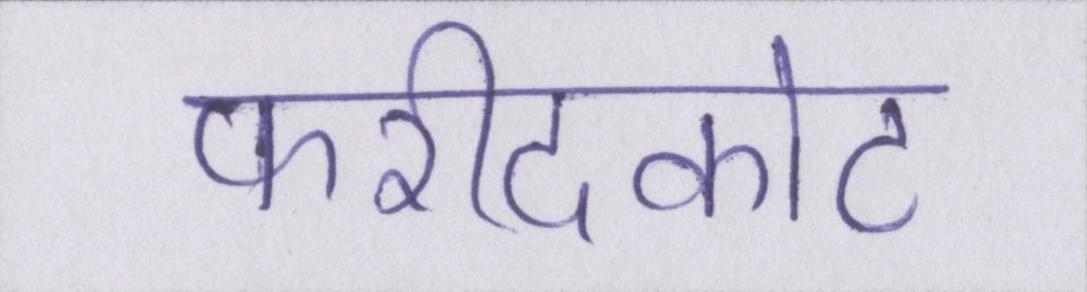
फरीदकोट